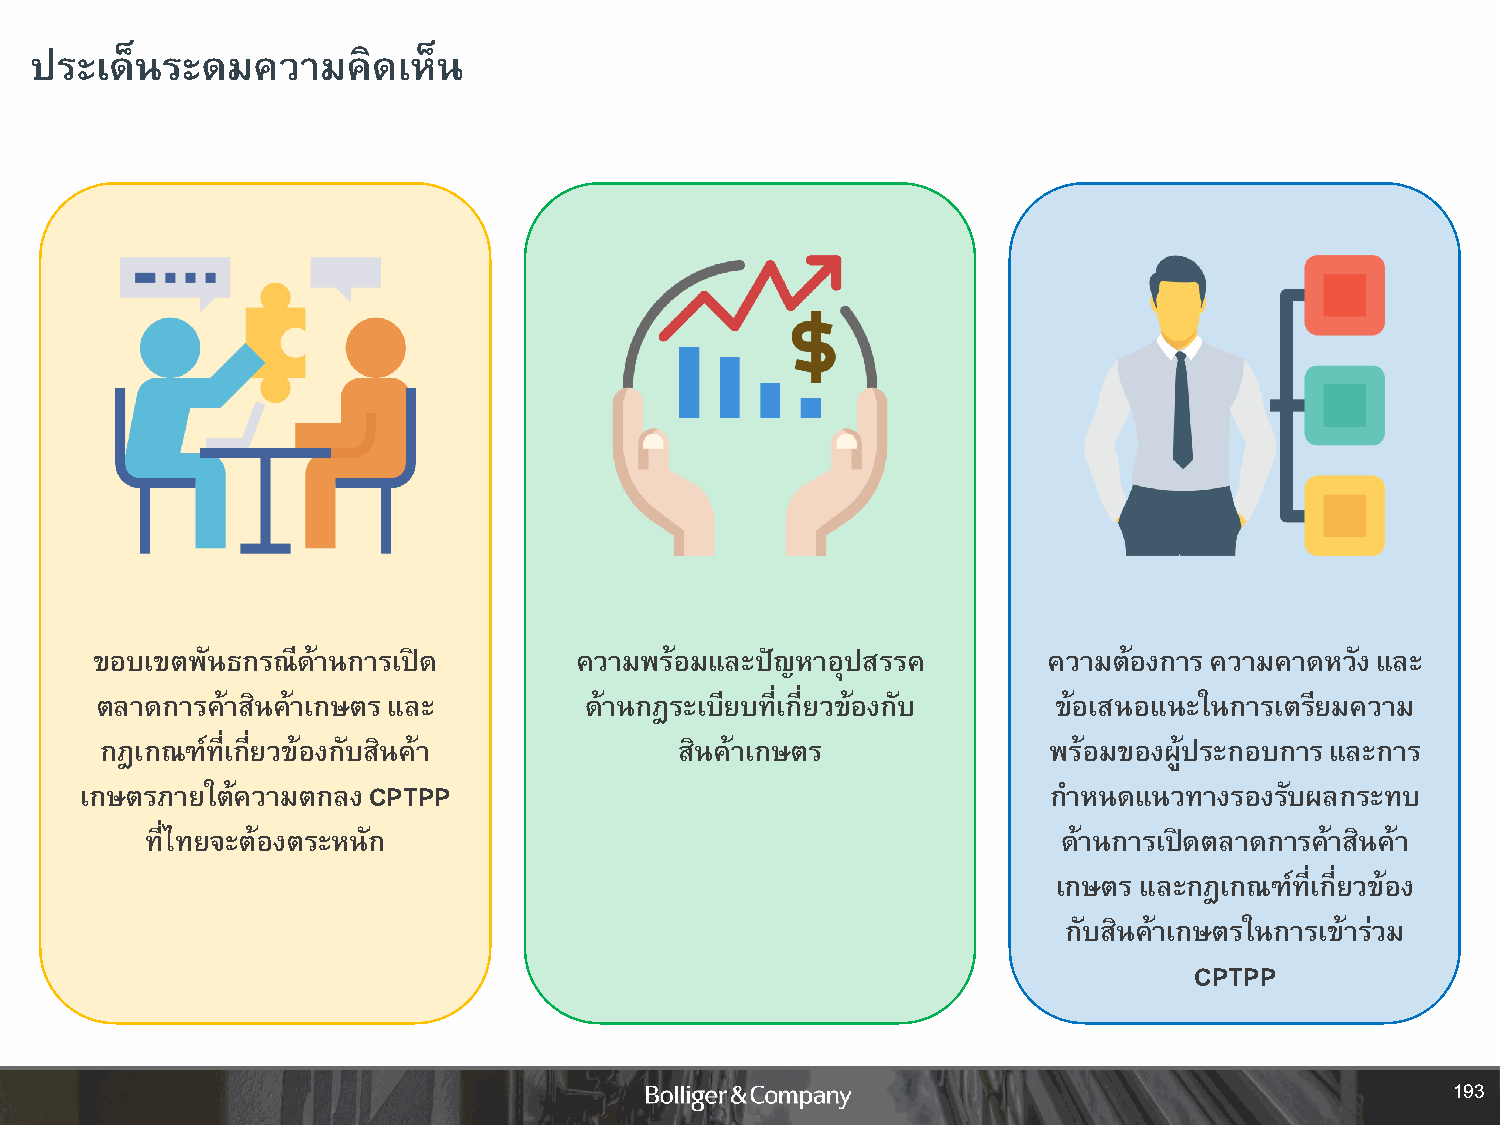
ประเด็นระดมความคิดเห็น
 ขอบเขตพันธกรณีด้านการเปิด       ความพร้อมและปัญหาอุปสรรค       ความต้องการ ความคาดหวงั และ
 ตลาดการคา้ สินค้าเกษตร และ       ด้านกฎระเบียบที่เกี่ยวข้องกับ  ข้อเสนอแนะในการเตรียมความ
 กฎเกณฑ์ที่เกี่ยวข้องกับสินค้า         สินค้าเกษตร             พร้อมของผู้ประกอบการ และการ
 เกษตรภายใต้ความตกลง CPTPP                                        ก าหนดแนวทางรองรบั ผลกระทบ
 ที่ไทยจะต้องตระหนัก                                         ด้านการเปิดตลาดการค้าสินค้า
 เกษตร และกฎเกณฑ์ที่เกี่ยวข้อง
 กับสินค้าเกษตรในการเข้ารว่ ม
 CPTPP
 193